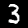
Digit: 3